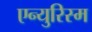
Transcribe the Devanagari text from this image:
एन्युरिस्म